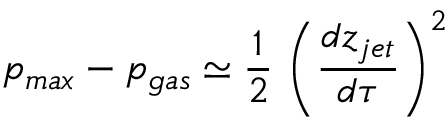
p _ { m a x } - p _ { g a s } \simeq \frac { 1 } { 2 } \, \left( \frac { d z _ { j e t } } { d \tau } \right) ^ { 2 } \,